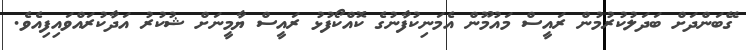
ގޭބަންދަށް ބަދަލުކުރުމުން ރައީސް މައުމޫން އެމަނިކުފާނުގެ ކޮއްކޯފުޅު ރައީސް ޔާމީނަށް ޝުކުރު އަދާކުރައްވައިފިއެވެ.